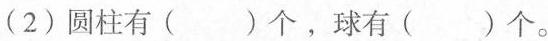
(2)圆柱有()个，球有()个。